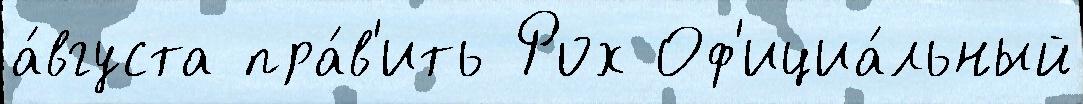
а́вгуста пра́в'ить Рох Оф'ициа́льный